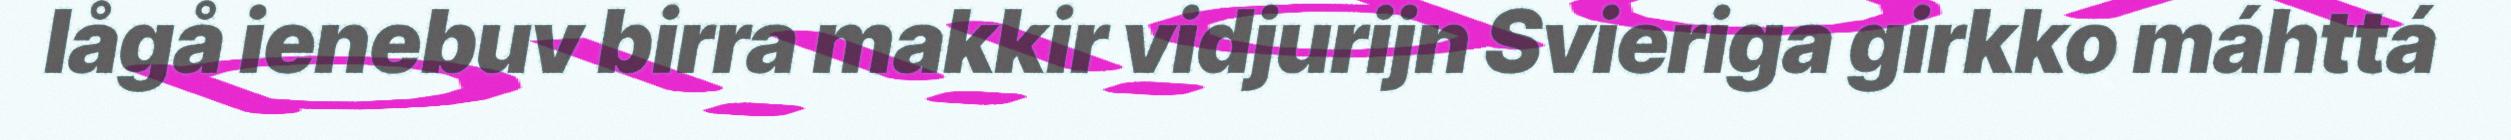
lågå ienebuv birra makkir vidjurijn Svieriga girkko máhttá